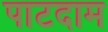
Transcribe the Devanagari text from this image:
पाटदाम